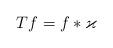
LaTeX: \begin{align*}Tf=f*\varkappa\end{align*}